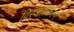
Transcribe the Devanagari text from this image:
विरजतीकरण